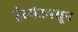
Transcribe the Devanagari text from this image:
हेल्मेटमधून